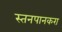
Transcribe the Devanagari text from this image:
स्तनपानकरा